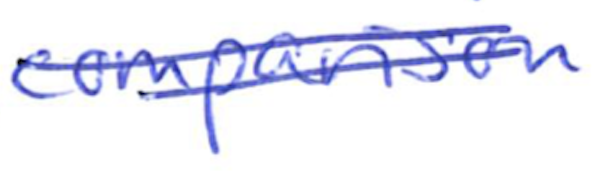
Text: comparison
Cross-out: mix
Writing tool: ballpoint